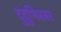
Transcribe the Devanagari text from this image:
दुंदुभिस्वर